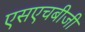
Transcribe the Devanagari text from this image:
एसएचबीजी